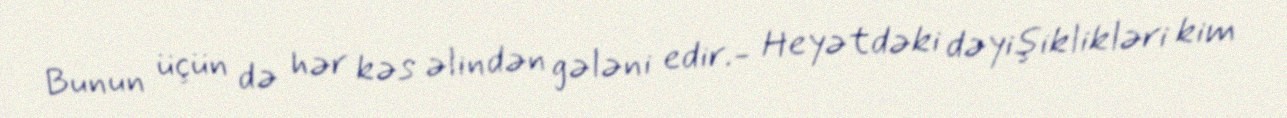
Bunun üçün də hər kəs əlindən gələni edir.- Heyətdəki dəyişiklikləri kim